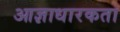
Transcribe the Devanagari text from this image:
आज्ञाधारकता